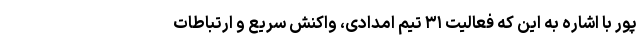
پور با اشاره به این که فعالیت ۳۱ تیم امدادی، واکنش سریع و ارتباطات